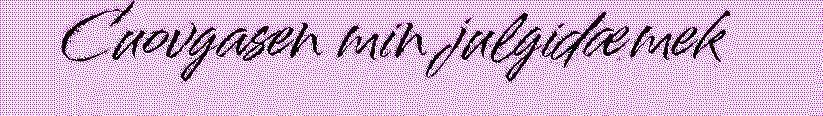
Cuovgasen min julgidæmek